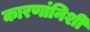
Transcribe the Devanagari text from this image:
कारणांनिशी